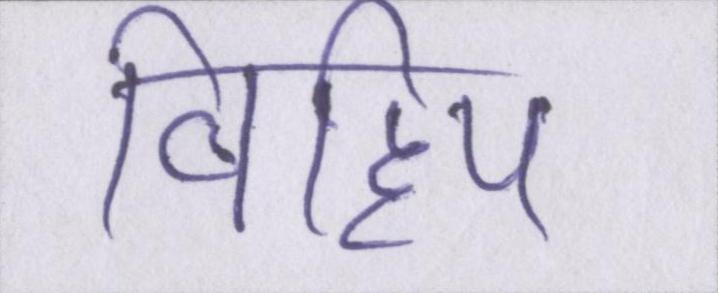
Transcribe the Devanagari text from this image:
विहिप